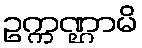
ဥက္ကဏ္ဌာမိ